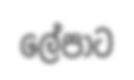
ලේපාට